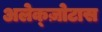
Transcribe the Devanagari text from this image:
अलेक्ज़ोटास